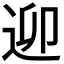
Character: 𨒖